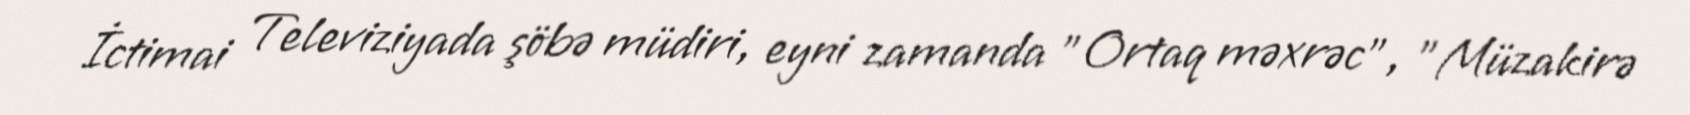
İctimai Televiziyada şöbə müdiri, eyni zamanda "Ortaq məxrəc", "Müzakirə